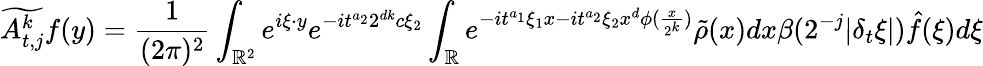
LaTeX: \widetilde{A_{t,j}^{k}}f(y)=\frac{1}{(2\pi)^{2}}\int_{{\mathbb{R}}^{2}}e^{i\xi\cdot y}e^{-it^{a_{2}}2^{dk}c\xi_{2}}\int_{\mathbb{R}}e^{-it^{a_{1}}\xi_{1}x-it^{a_{2}}\xi_{2}x^{d}\phi(\frac{x}{2^{k}})}\tilde{\rho}(x)dx\beta(2^{-j}|\delta_{t}\xi|)\hat{f}(\xi)d\xi